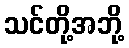
သင်တို့အဘို့